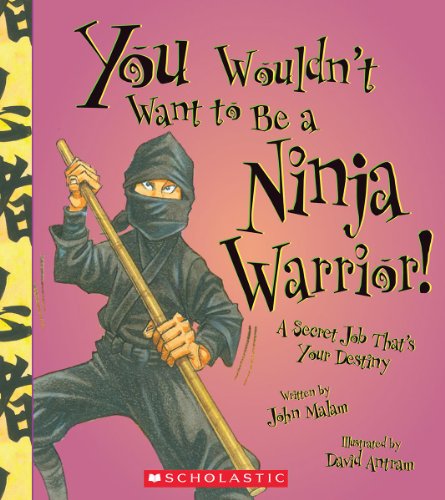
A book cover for You Wouldn't Want to Be a Ninja Warrior!: A Secret Job That's Your Destiny; John Malam; Children's Books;